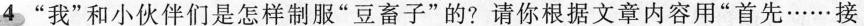
4 ”我”和小伙伴们是怎样制服”豆畜子”的?请你根据文章内容用”首先……接